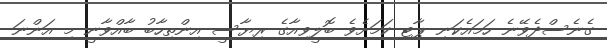
ގެނެސްދެވޭނެ ހަމައެކަނި ޕާޓި ކަމަށެވެ ބޮލީވިއާގެ ރިޔާސީ އިންތިހާބު ބާއްވާނީ މި އަންނަ